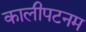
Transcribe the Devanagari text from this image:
कालीपटनम